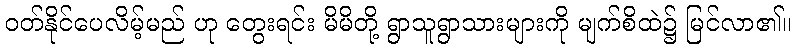
ဝတ်နိုင်ပေလိမ့်မည် ဟု တွေးရင်း မိမိတို့ ရွာသူရွာသားများကို မျက်စိထဲ၌ မြင်လာ၏။